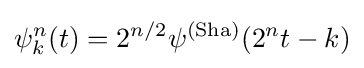
\psi _{k}^{n}(t)=2^{n/2}\psi ^{\text{(Sha)}}(2^{n}t-k)